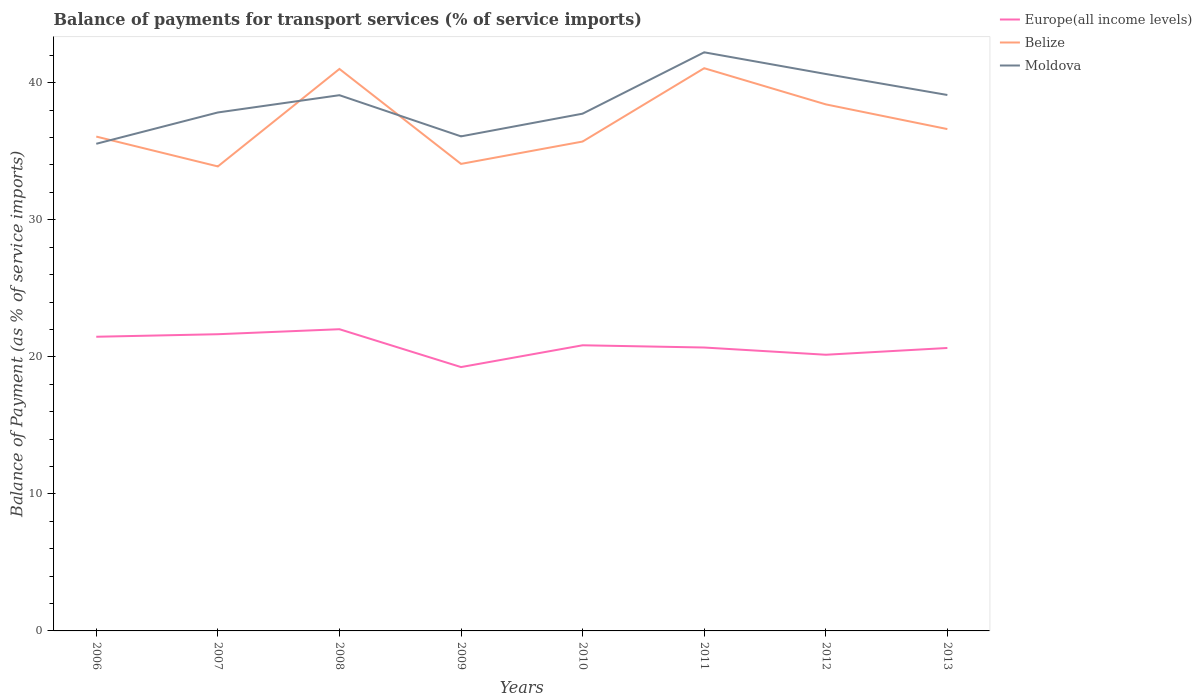
| Years | Europe(all income levels) | Belize | Moldova |
 | --- | --- | --- | --- |
 | 2006 | 21.5 | 36.1 | 35.5 |
 | 2007 | 21.7 | 33.9 | 37.8 |
 | 2008 | 22 | 41 | 39.1 |
 | 2009 | 19.3 | 34.1 | 36.1 |
 | 2010 | 20.8 | 35.7 | 37.7 |
 | 2011 | 20.7 | 41.1 | 42.2 |
 | 2012 | 20.2 | 38.4 | 40.6 |
 | 2013 | 20.6 | 36.6 | 39.1 |